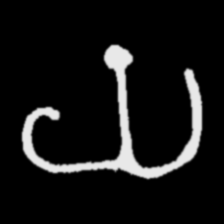
Pyu character \u2014 Myanmar letter: ယ (romanized: ya)